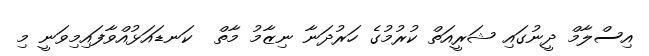
އިސްލާމް ދީނުގައި ޝަރީއަތް ކުރުމުގެ ހަރުދަނާ ނިޒާމު މާތް  ކަނޑައަޅުއްވާފައިމިވަނީ މި